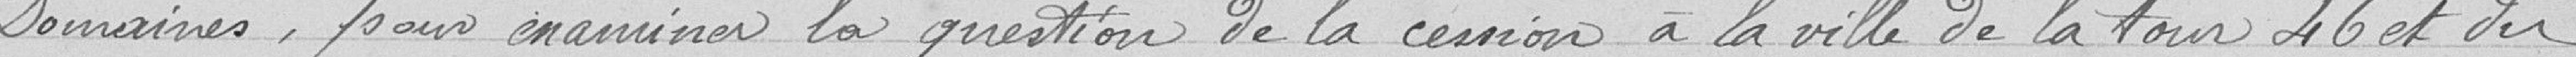
Domaines, pour nominer la question de la cession à la Ville de la tour 46 et du